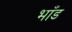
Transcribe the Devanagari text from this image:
भाँड